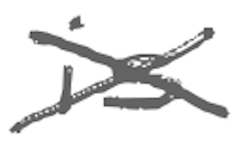
Text: is
Cross-out: mix
Writing tool: digital_gray